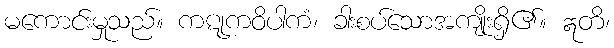
မကောင်းမှုသည်။ ကဋုကဝိပါကံ၊ ခါးစပ်သောအကျိုးရှိ၏။ ဣတိ၊